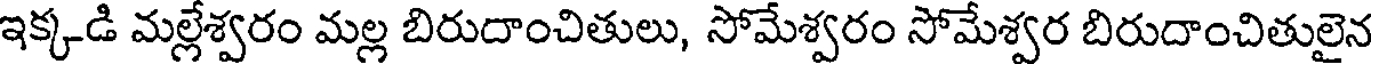
ఇక్కడి మల్లేశ్వరం మల్ల బిరుదాంచితులు, సోమేశ్వరం సోమేశ్వర బిరుదాంచితులైన